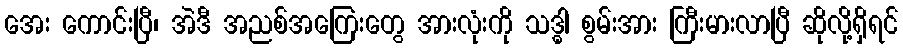
အေး ကောင်းပြီ၊ အဲဒီ အညစ်အကြေးတွေ အားလုံးကို သဒ္ဓါ စွမ်းအား ကြီးမားလာပြီ ဆိုလို့ရှိရင်